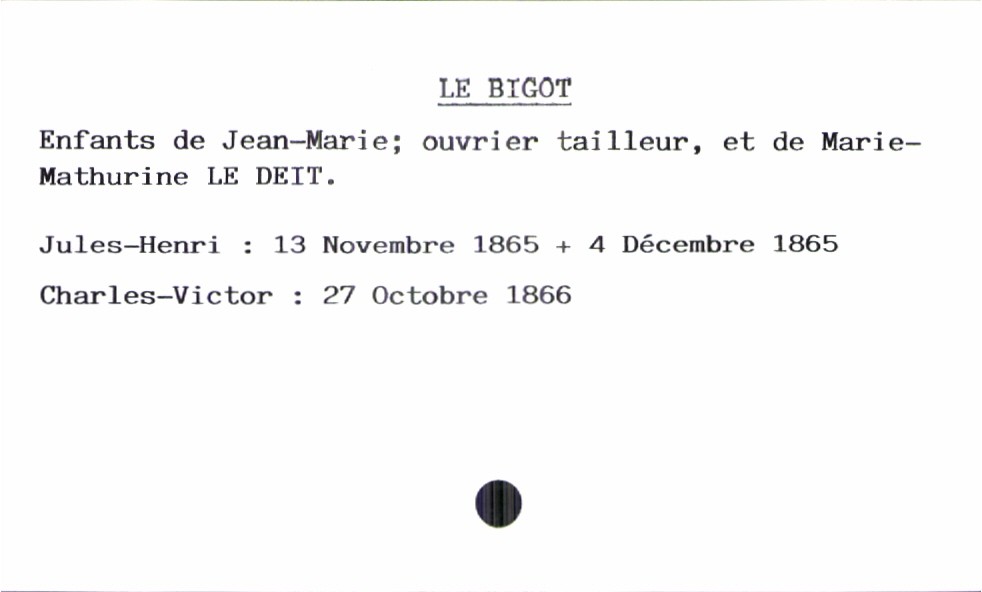
type_acte: Baptême
filiation: fils
enfant_prénom: Charles-Victor
enfant_date_de_naissance: 27 octobre 1866
enfant_date_de_décès: 4 décembre 1865
père_enfant_nom: Le Bigot
père_enfant_prénom: Jean-Marie
père_enfant_profession: ouvrier tailleur
mère_enfant_nom: Le Deit
mère_enfant_prénom: Marie-Mathurine